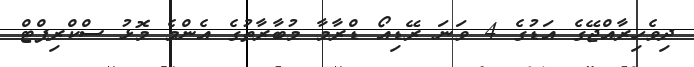
ދިވެހިރާއްޖޭގެ އަޑުގެ 4 ވަނަ ރޭޑިއޯ ޑްރާމާ މުބާރާތުގެ އެންމެ މޮޅު ސްކްރިޕްޓް